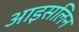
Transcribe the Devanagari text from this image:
आइसलिन